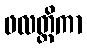
ဖလတ္ထိကာ